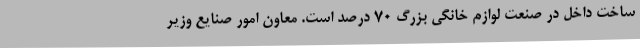
ساخت داخل در صنعت لوازم خانگی بزرگ 70 درصد است. معاون امور صنایع وزیر